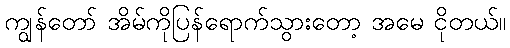
ကျွန်တော် အိမ်ကိုပြန်ရောက်သွားတော့ အမေ ငိုတယ်။